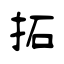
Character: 拓